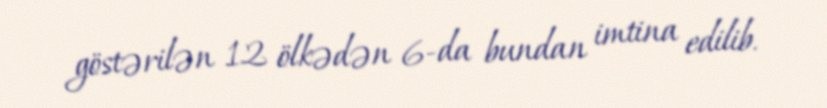
göstərilən 12 ölkədən 6-da bundan imtina edilib.